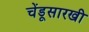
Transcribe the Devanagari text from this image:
चेंडूसारखी